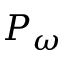
P _ { \omega }